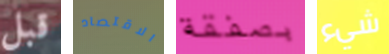
قبل الاقتصاد بصفقة شيء